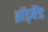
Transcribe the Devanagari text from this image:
ब्रॉड्बैंड